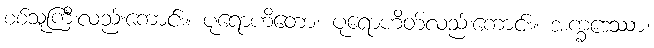
စစ်သူကြီးလည်းကောင်း။ ပုရောဟိတော၊ ပုရောဟိတ်လည်းကောင်း။ အက္ခဒေဿာ၊